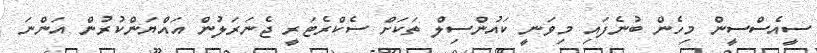
ސީއެސްސީން މިހެން ބުނެފައި މިވަނީ ކައުންސިލް ތަކަށް ސެކްރެޓަރީ ޖެނަރަލުން އައްޔަންކުރުން އަންނަ